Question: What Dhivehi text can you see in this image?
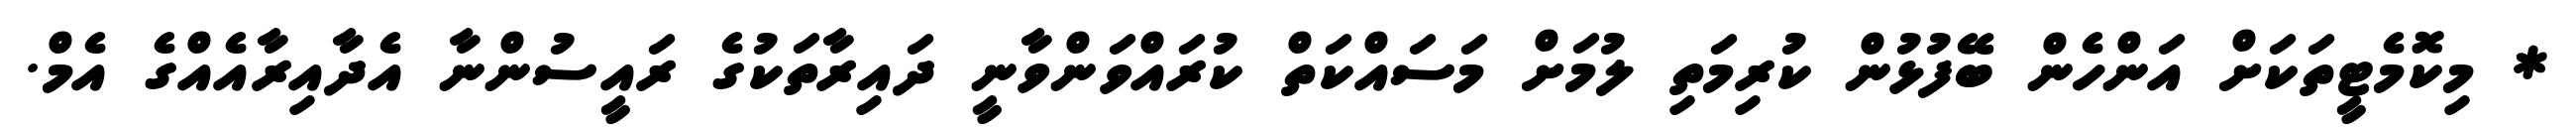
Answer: * މިކޮމެޓީތަކަށް އަންހެން ބޭފުޅުން ކުރިމަތި ލުމަށް މަސައްކަތް ކުރައްވަންވާނީ ދައިރާތަކުގެ ރައީސުންނާ އެދާއިރާއެއްގެ އެމް.